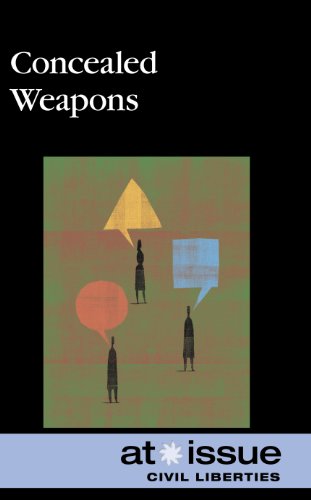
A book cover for Concealed Weapons (At Issue); Hayley Mitchell Haugen; Teen & Young Adult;